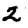
Digit: 2